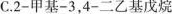
C.2-甲基-3，4-二乙基戊烷